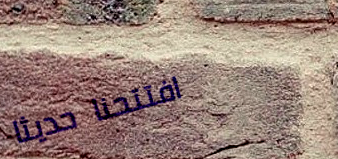
افتتحنا حديثاً